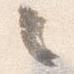
々